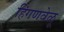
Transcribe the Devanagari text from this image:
हिंगणवेळू